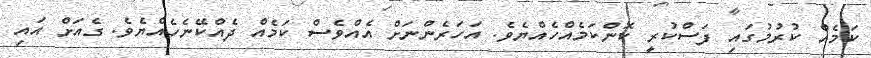
ކަމެއް ކުރުމުގައި ފަސްކުރީ ކޮންކަމެއްހެއްޔެވެ. އަހަރެންނަށް އެއްވެސް ކަމެއް ދެއްކޭނެހެއްޔެވެ. ގެއަށް އައި